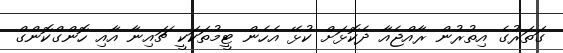
ގަތަރުގެ އިތުރުން ރާއްޖެއާ ދެކޮޅަށް ކުޅޭ އެހެން ޓީމުތަކަކީ ޗައިނާ އާއި ހޮންގްކޮންގް